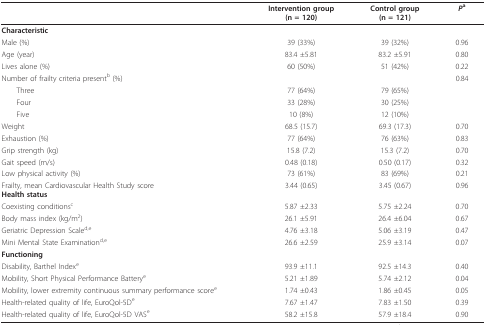
<table><thead><tr><td></td><td><b>Intervention group(n = 120)</b></td><td><b>Control group(n = 121)</b></td><td><b><i>P</i><sup>a</sup></b></td></tr></thead><tbody><tr><td><b>Characteristic </b></td><td></td><td></td><td></td></tr><tr><td>Male (%)</td><td>39 (33%)</td><td>39 (32%)</td><td>0.96</td></tr><tr><td>Age (year)</td><td>83.4 ±5.81</td><td>83.2 ±5.91</td><td>0.80</td></tr><tr><td>Lives alone (%)</td><td>60 (50%)</td><td>51 (42%)</td><td>0.22</td></tr><tr><td>Number of frailty criteria present<sup>b </sup>(%)</td><td></td><td></td><td>0.84</td></tr><tr><td> Three</td><td>77 (64%)</td><td>79 (65%)</td><td></td></tr><tr><td> Four</td><td>33 (28%)</td><td>30 (25%)</td><td></td></tr><tr><td> Five</td><td>10 (8%)</td><td>12 (10%)</td><td></td></tr><tr><td>Weight</td><td>68.5 (15.7)</td><td>69.3 (17.3)</td><td>0.70</td></tr><tr><td>Exhaustion (%)</td><td>77 (64%)</td><td>76 (63%)</td><td>0.83</td></tr><tr><td>Grip strength (kg)</td><td>15.8 (7.2)</td><td>15.3 (7.2)</td><td>0.70</td></tr><tr><td>Gait speed (m/s)</td><td>0.48 (0.18)</td><td>0.50 (0.17)</td><td>0.32</td></tr><tr><td>Low physical activity (%)</td><td>73 (61%)</td><td>83 (69%)</td><td>0.21</td></tr><tr><td>Frailty, mean Cardiovascular Health Study score<b>Health status</b></td><td>3.44 (0.65)</td><td>3.45 (0.67)</td><td>0.96</td></tr><tr><td>Coexisting conditions<sup>c</sup></td><td>5.87 ±2.33</td><td>5.75 ±2.24</td><td>0.70</td></tr><tr><td>Body mass index (kg/m<sup>2</sup>)</td><td>26.1 ±5.91</td><td>26.4 ±6.04</td><td>0.67</td></tr><tr><td>Geriatric Depression Scale<sup>d,e</sup></td><td>4.76 ±3.18</td><td>5.06 ±3.19</td><td>0.47</td></tr><tr><td>Mini Mental State Examination<sup>d,e</sup></td><td>26.6 ±2.59</td><td>25.9 ±3.14</td><td>0.07</td></tr><tr><td><b>Functioning</b></td><td></td><td></td><td></td></tr><tr><td>Disability, Barthel Index<sup>e</sup></td><td>93.9 ±11.1</td><td>92.5 ±14.3</td><td>0.40</td></tr><tr><td>Mobility, Short Physical Performance Battery<sup>e</sup></td><td>5.21 ±1.89</td><td>5.74 ±2.12</td><td>0.04</td></tr><tr><td>Mobility, lower extremity continuous summary performance score<sup>e</sup></td><td>1.74 ±0.43</td><td>1.86 ±0.45</td><td>0.05</td></tr><tr><td>Health-related quality of life, EuroQol-5D<sup>e</sup></td><td>7.67 ±1.47</td><td>7.83 ±1.50</td><td>0.39</td></tr><tr><td>Health-related quality of life, EuroQol-5D VAS<sup>e</sup></td><td>58.2 ±15.8</td><td>57.9 ±18.4</td><td>0.90</td></tr></tbody></table>